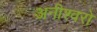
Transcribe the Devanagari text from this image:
अनीश्वरो